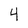
Character: 4